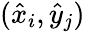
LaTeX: (\hat{x}_{i},\hat{y}_{j})